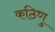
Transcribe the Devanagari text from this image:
कठिणु